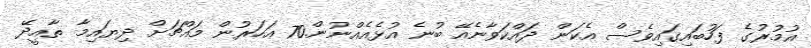
އުމުރުގެ ފަހުބައިގައިވެސް އެކަން ދައްކަވާނެއޭ ބުނެ އުޅެއެއްނުން.70 އަހަރުން މައްޗަށް ދިޔައިމާ ތާއީދޭ